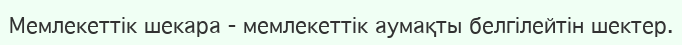
Мемлекеттік шекара - мемлекеттік аумақты белгілейтін шектер.